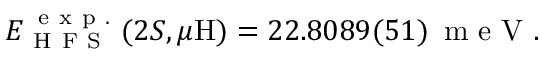
E _ { \mathrm { ~ H ~ F ~ S ~ } } ^ { \, \mathrm { ~ e ~ x ~ p ~ . ~ } } ( 2 S , \mu \mathrm { H } ) = 2 2 . 8 0 8 9 ( 5 1 ) \, \mathrm { ~ m ~ e ~ V ~ } .